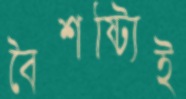
বৈশষ্ট্যিই